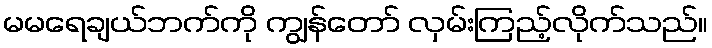
မမရေချယ်ဘက်ကို ကျွန်တော် လှမ်းကြည့်လိုက်သည်။